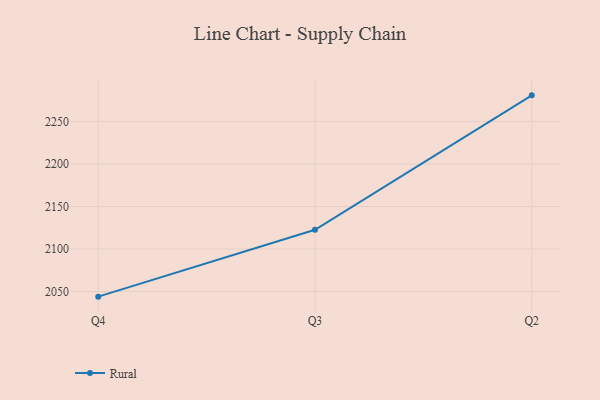
{"axis": {"x": "Quarter", "y": "Temperature (°C)"}, "legend": ["Rural"], "data": [{"x": "Q4", "y": 2043.9, "type": "Rural"}, {"x": "Q3", "y": 2122.6, "type": "Rural"}, {"x": "Q2", "y": 2280.9, "type": "Rural"}]}